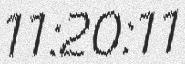
11:20:11